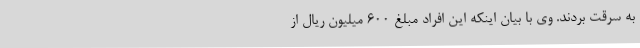
به سرقت بردند. وی با بیان اینکه این افراد مبلغ ۶۰۰ میلیون ریال از